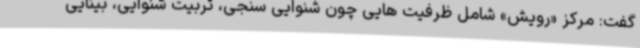
گفت: مرکز «رویش» شامل ظرفیت هایی چون شنوایی سنجی، تربیت شنوایی، بینایی